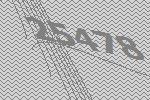
25478